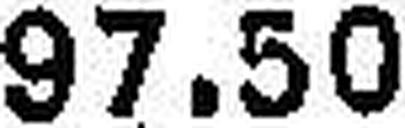
97.50